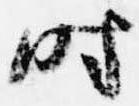
時